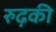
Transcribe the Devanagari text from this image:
रुढ़की